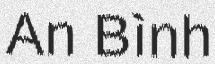
An Bình